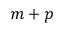
m + p